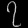
Digit: ၇